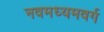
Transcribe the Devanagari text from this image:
नवमध्यमवर्ग